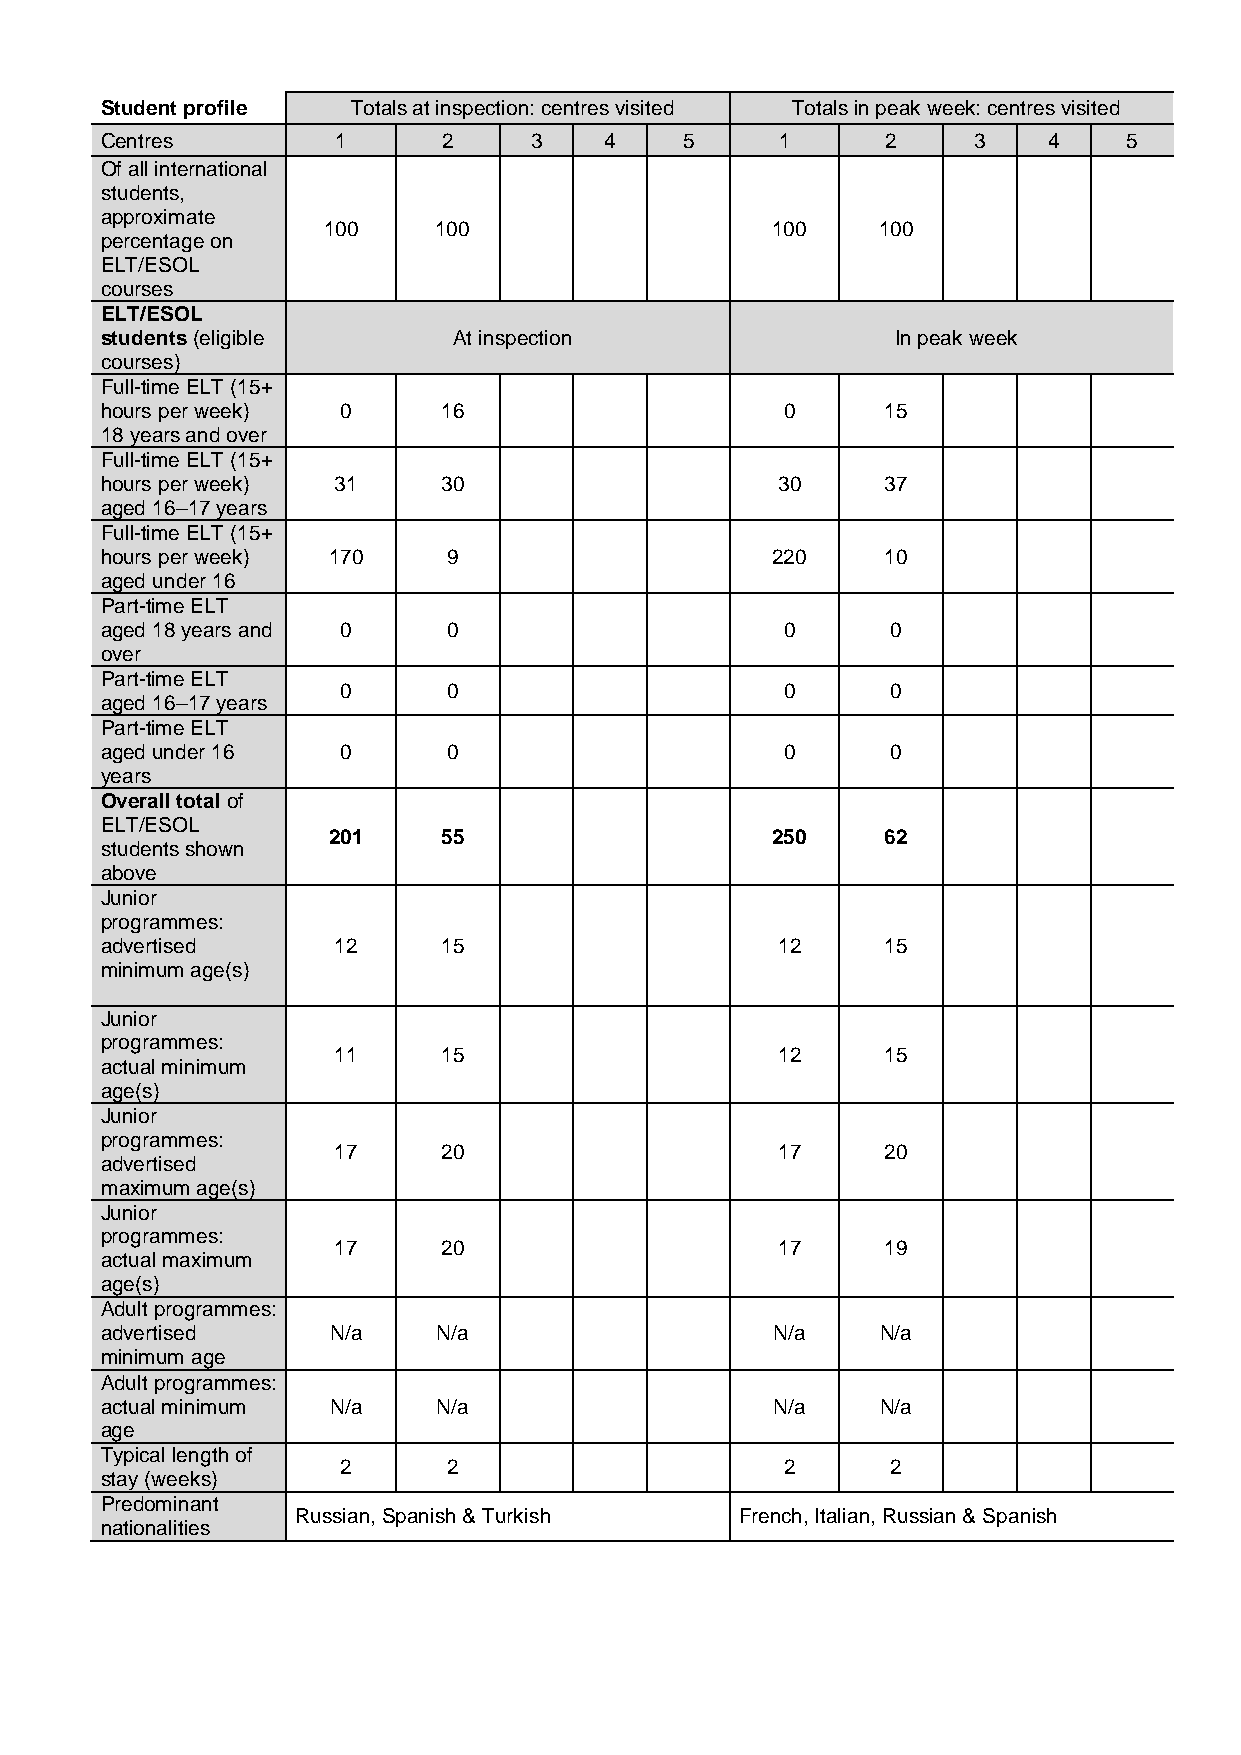
Student profile Totals at inspection: centres visited Totals in peak week: centres visited
 Centres        1      2     3    4    5      1      2    3    4     5
 Of all international
 students,
 approximate
 100     100                   100    100
 percentage on
 ELT/ESOL
 courses
 ELT/ESOL
 students (eligible     At inspection                In peak week
 courses)
 Full-time ELT (15+
 hours per week) 0     16                     0      15
 18 years and over
 Full-time ELT (15+
 hours per week) 31    30                    30      37
 aged 16–17 years
 Full-time ELT (15+
 hours per week) 170    9                    220     10
 aged under 16
 Part-time ELT
 aged 18 years and 0    0                     0      0
 over
 Part-time ELT
 0      0                     0      0
 aged 16–17 years
 Part-time ELT
 aged under 16   0      0                     0      0
 years
 Overall total of
 ELT/ESOL
 201    55                    250     62
 students shown
 above
 Junior
 programmes:
 advertised     12     15                    12      15
 minimum age(s)
 Junior
 programmes:
 11     15                    12      15
 actual minimum
 age(s)
 Junior
 programmes:
 17     20                    17      20
 advertised
 maximum age(s)
 Junior
 programmes:
 17     20                    17      19
 actual maximum
 age(s)
 Adult programmes:
 advertised     N/a    N/a                   N/a    N/a
 minimum age
 Adult programmes:
 actual minimum N/a    N/a                   N/a    N/a
 age
 Typical length of
 2      2                     2      2
 stay (weeks)
 Predominant
 Russian, Spanish & Turkish   French, Italian, Russian & Spanish
 nationalities